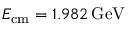
E _ { \mathrm { c m } } = 1 . 9 8 2 \, \mathrm { G e V }